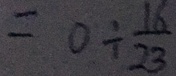
= 0 \div \frac { 1 6 } { 2 3 }